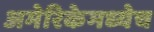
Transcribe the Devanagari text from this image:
अमेरिकेमध्येच